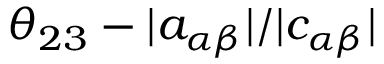
\theta _ { 2 3 } - | a _ { \alpha \beta } | / | c _ { \alpha \beta } |